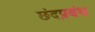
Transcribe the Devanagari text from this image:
छंदप्रबंध